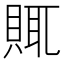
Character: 𧶋